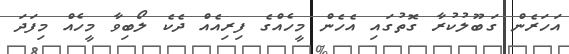
އަހަރެން ގަބޫލުކުރާ ގޮތުގައި އެހެން މީހެއްގެ ފިރިއެއް ދެކެ ލޯބިވާ މީހެއް މިފަދަ